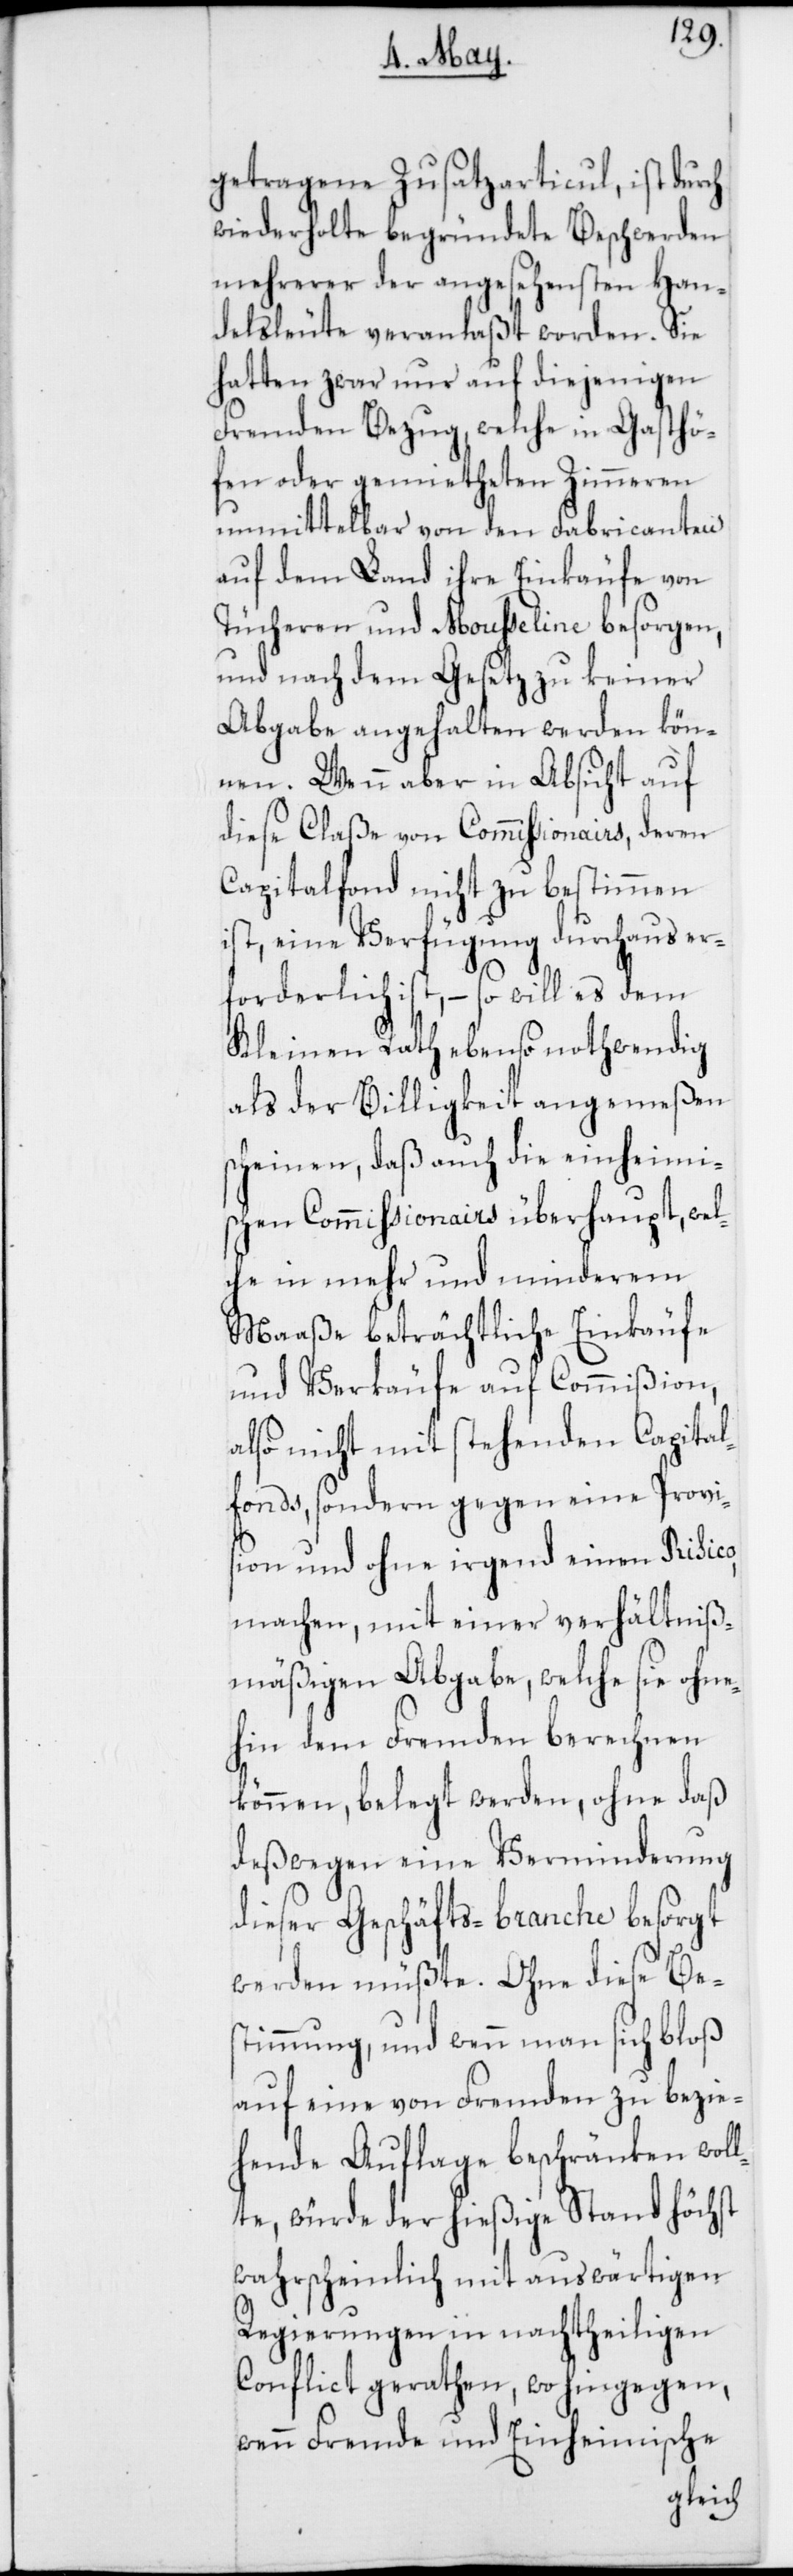
getragene Zusatzarticul, ist durch
wiederholte begründete Beschwerden
mehrerer der angesehensten Han¬
delsleute veranlaßt worden. Sie
hatten zwar nur auf diejenigen
Fremden Bezug, welche in Gasthö¬
fen oder gemietheten Zimmeren
unmittelbar von den Fabricanten
auf dem Land ihre Einkäufe von
Tücheren und Moußeline besorgen,
und nach dem Gesetz zu keiner
Abgabe angehalten werden kön¬
nen. Wenn aber in Absicht auf
diese Claße von Commißionairs, deren
Capitalfonds nicht zu bestimmen
ist, eine Verfügung durchaus er¬
forderlich ist, – so will es dem
Kleinen Rath ebenso nothwendig
als der Billigkeit angemeßen
scheinen, daß auch die einheimi¬
schen Commißionairs überhaupt, wel¬
che in mehr und minderem
Maaße beträchtliche Einkäufe
und Verkäufe auf Commißion,
also nicht mit stehenden Capital¬
fonds, sondern gegen eine Provi¬
sion und ohne irgend einen Risico
machen, mit einer verhältniß¬
mäßigen Abgabe, welche sie ohne¬
hin dem Fremden berechnen
können, belegt werden, ohne daß
deßwegen eine Verminderung
dieser Geschäfts-branche besorgt
werden müßte. Ohne diese Be¬
stimmung, und wenn man sich bloß
auf eine von Fremden zu bezie¬
hende Auflage beschränken woll¬
te, würde der hießige Stand höchst¬
wahrscheinlich mit auswärtigen
Regierungen in nachtheiligen
Conflict gerathen, wo hingegen,
wenn Fremde und Einheimische